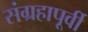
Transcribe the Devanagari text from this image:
संग्रहापूर्वी